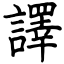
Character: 譯